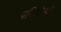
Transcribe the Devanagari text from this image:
परिशिष्‍ट